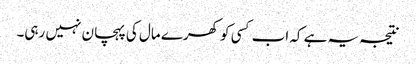
نتیجہ یہ ہے کہ اب کسی کو کھرے مال کی پہچان نہیں رہی۔